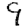
Digit: 9